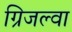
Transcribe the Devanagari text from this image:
ग्रिजल्वा